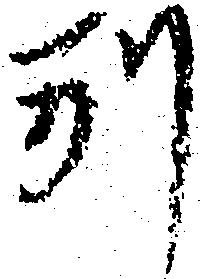
別